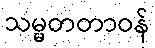
သမ္မတတာဝန်